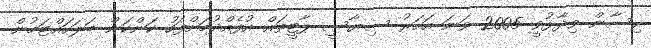
ހިސާން ވިދާޅުވީ 2005 ވަނަ އަހަރު ސިޔާސީ ޕާޓީތައް އުފެއްދުމަށްފަހު ކަންކަން ބަލަހައްޓަމުން